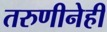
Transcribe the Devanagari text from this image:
तरुणीनेही